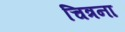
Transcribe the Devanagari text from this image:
चित्रना